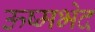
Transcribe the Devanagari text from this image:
ऊष्मभेद